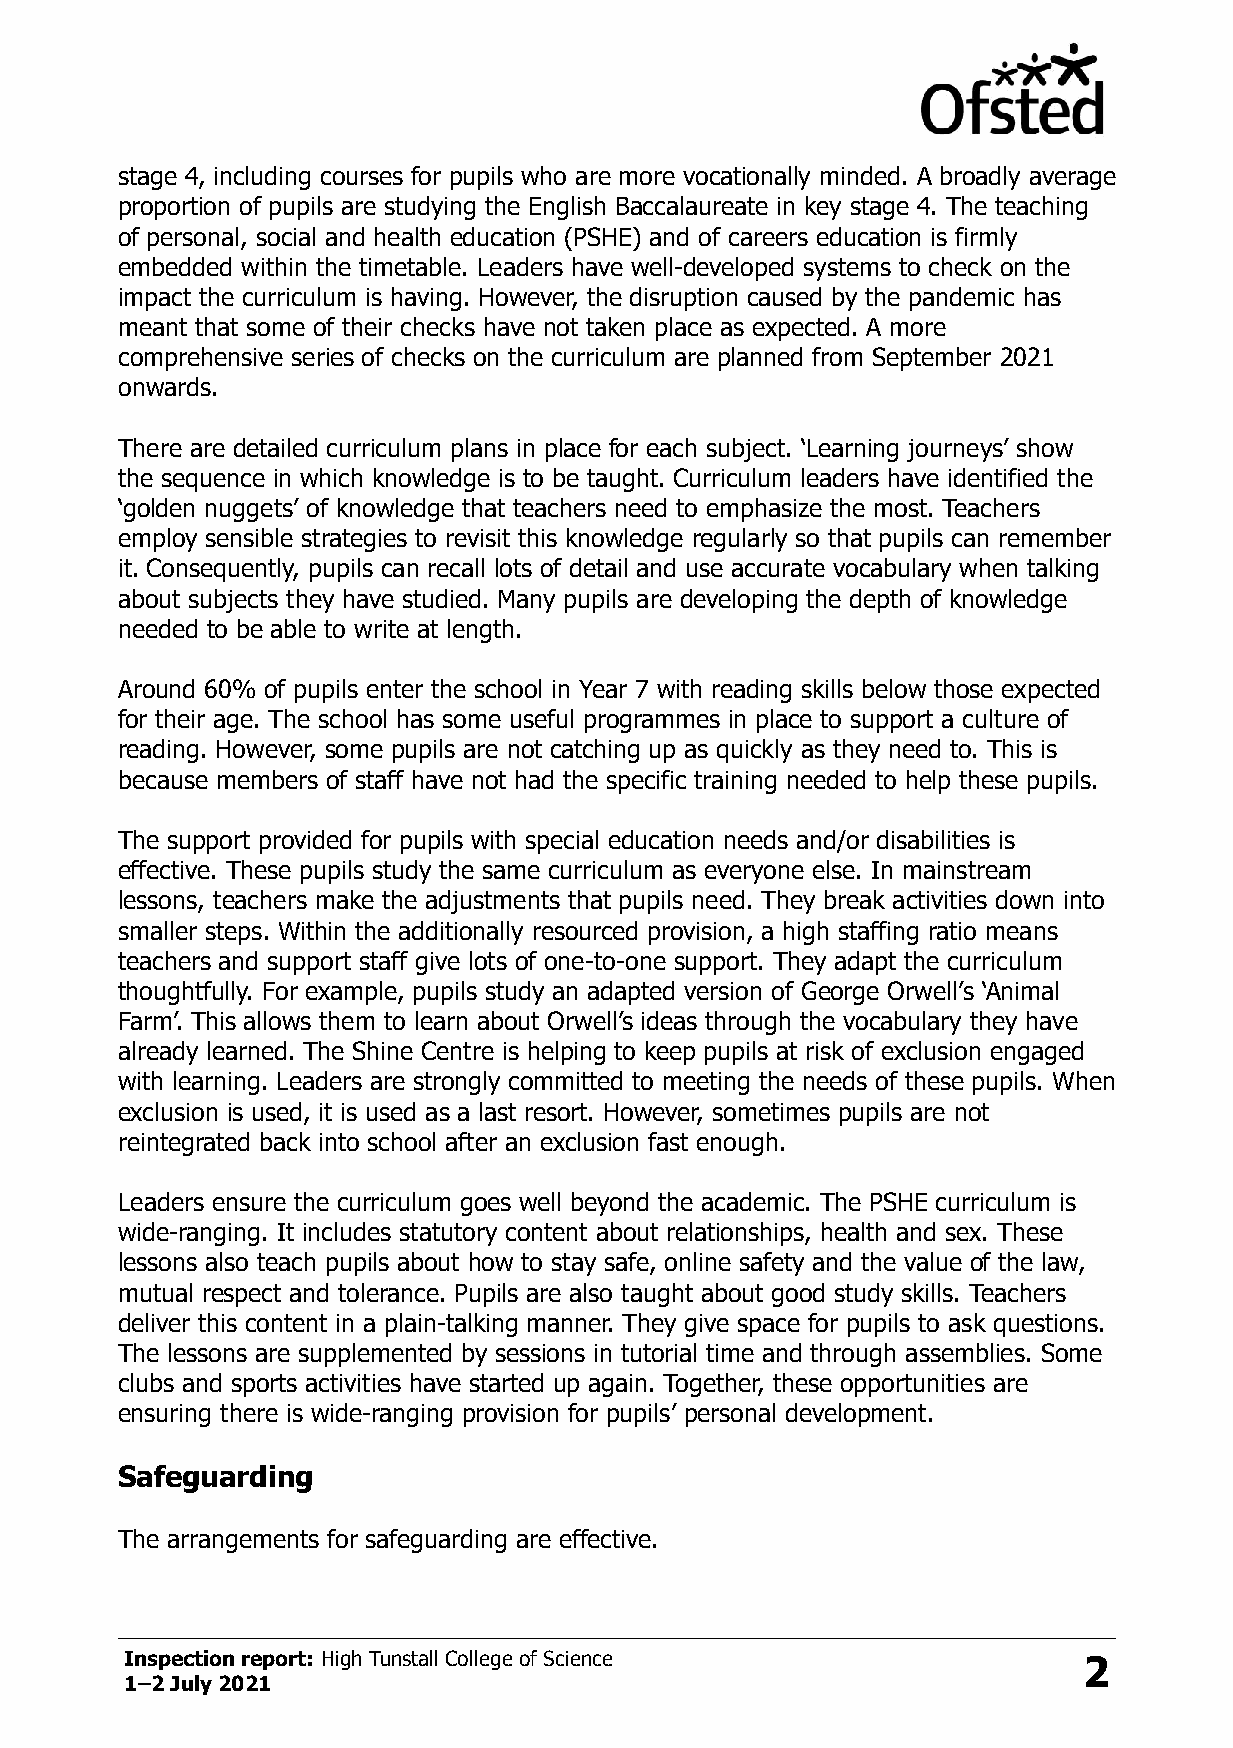
stage 4, including courses for pupils who are more vocationally minded. A broadly average
 proportion of pupils are studying the English Baccalaureate in key stage 4. The teaching
 of personal, social and health education (PSHE) and of careers education is firmly
 embedded within the timetable. Leaders have well-developed systems to check on the
 impact the curriculum is having. However, the disruption caused by the pandemic has
 meant that some of their checks have not taken place as expected. A more
 comprehensive series of checks on the curriculum are planned from September 2021
 onwards.
 There are detailed curriculum plans in place for each subject. ‘Learning journeys’ show
 the sequence in which knowledge is to be taught. Curriculum leaders have identified the
 ‘golden nuggets’ of knowledge that teachers need to emphasize the most. Teachers
 employ sensible strategies to revisit this knowledge regularly so that pupils can remember
 it. Consequently, pupils can recall lots of detail and use accurate vocabulary when talking
 about subjects they have studied. Many pupils are developing the depth of knowledge
 needed to be able to write at length.
 Around 60% of pupils enter the school in Year 7 with reading skills below those expected
 for their age. The school has some useful programmes in place to support a culture of
 reading. However, some pupils are not catching up as quickly as they need to. This is
 because members of staff have not had the specific training needed to help these pupils.
 The support provided for pupils with special education needs and/or disabilities is
 effective. These pupils study the same curriculum as everyone else. In mainstream
 lessons, teachers make the adjustments that pupils need. They break activities down into
 smaller steps. Within the additionally resourced provision, a high staffing ratio means
 teachers and support staff give lots of one-to-one support. They adapt the curriculum
 thoughtfully. For example, pupils study an adapted version of George Orwell’s ‘Animal
 Farm’. This allows them to learn about Orwell’s ideas through the vocabulary they have
 already learned. The Shine Centre is helping to keep pupils at risk of exclusion engaged
 with learning. Leaders are strongly committed to meeting the needs of these pupils. When
 exclusion is used, it is used as a last resort. However, sometimes pupils are not
 reintegrated back into school after an exclusion fast enough.
 Leaders ensure the curriculum goes well beyond the academic. The PSHE curriculum is
 wide-ranging. It includes statutory content about relationships, health and sex. These
 lessons also teach pupils about how to stay safe, online safety and the value of the law,
 mutual respect and tolerance. Pupils are also taught about good study skills. Teachers
 deliver this content in a plain-talking manner. They give space for pupils to ask questions.
 The lessons are supplemented by sessions in tutorial time and through assemblies. Some
 clubs and sports activities have started up again. Together, these opportunities are
 ensuring there is wide-ranging provision for pupils’ personal development.
 Safeguarding
 The arrangements for safeguarding are effective.
 Inspection report: High Tunstall College of Science             2
 1–2 July 2021